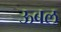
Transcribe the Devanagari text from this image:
ऊबल